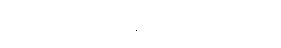
နာရီ သတင်းမှာ ကြေညာသွားတာပါ။